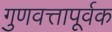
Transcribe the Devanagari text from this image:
गुणवत्तापूर्वक